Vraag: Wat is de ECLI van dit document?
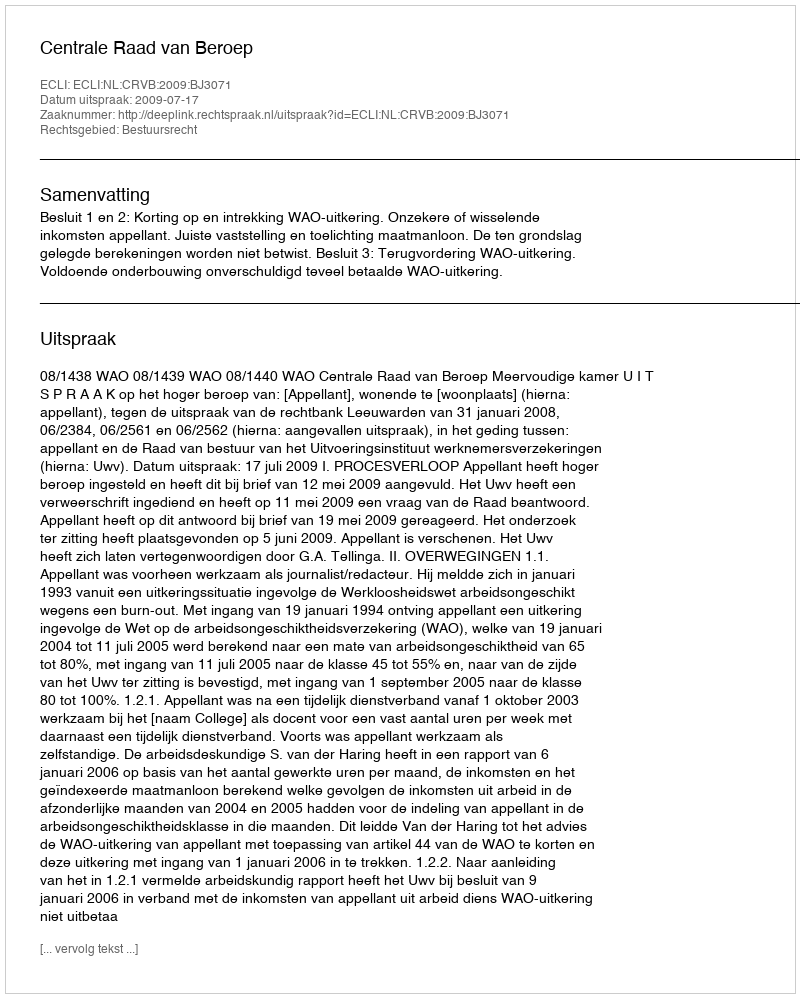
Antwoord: ECLI:NL:CRVB:2009:BJ3071